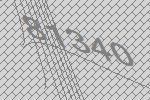
81340